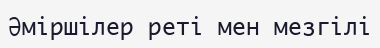
Әміршілер реті мен мезгілі